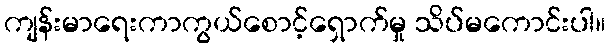
ကျန်းမာရေးကာကွယ်စောင့်ရှောက်မှု သိပ်မကောင်းပါ။